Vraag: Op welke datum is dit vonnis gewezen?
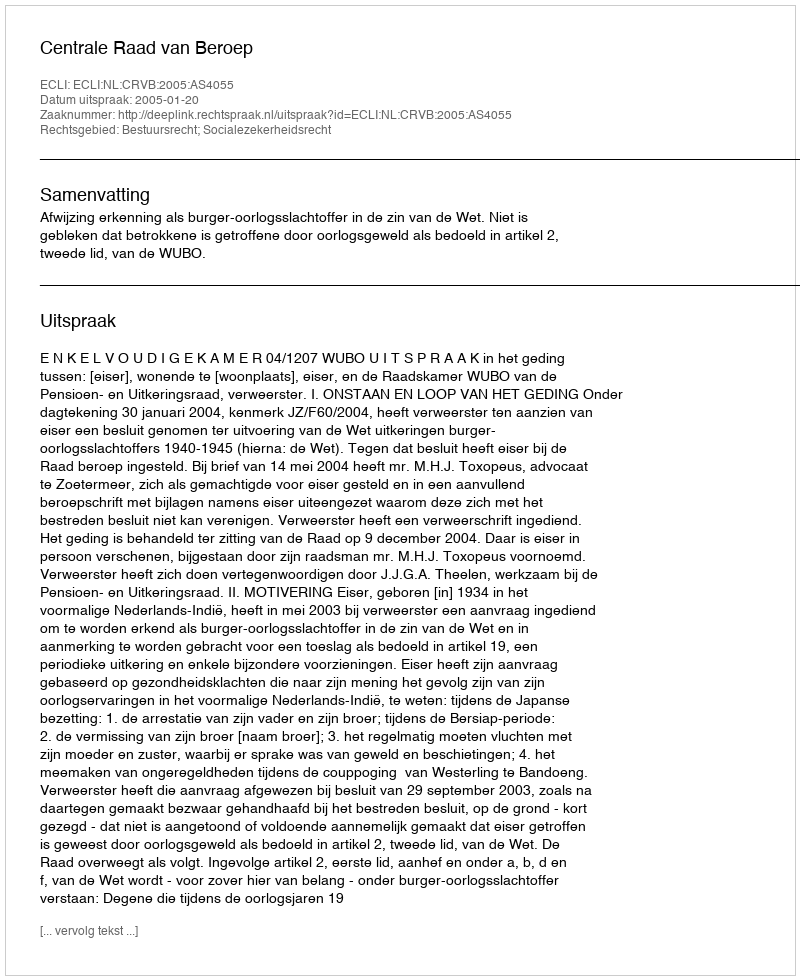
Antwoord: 2005-01-20